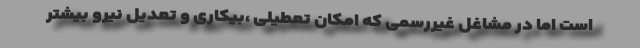
است اما در مشاغل غیررسمی که امکان تعطیلی ،بیکاری و تعدیل نیرو بیشتر